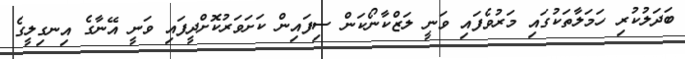
ބަދަލުކުރި ހަމަލާތަކުގައި މަރުވެފައި ވަނީ ލަޒްކާނޯކަން ސިފައިން ކަށަވަރުކޮށްދީފައި ވަނީ އޭނާގެ އިނގިލީގެ